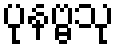
ပုနဗ္ဗသု